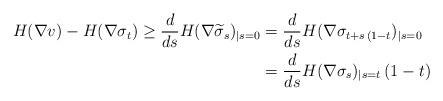
LaTeX: \begin{align*}H(\nabla v)-H(\nabla \sigma_t)\ge \frac{d}{ds} H(\nabla\widetilde\sigma_s)_{|s=0}&=\frac{d}{ds} H(\nabla \sigma_{t+s\,(1-t})_{|s=0}\\&=\frac{d}{ds} H(\nabla \sigma_{s})_{|s=t}\, (1-t)\end{align*}